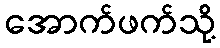
အောက်ဖက်သို့